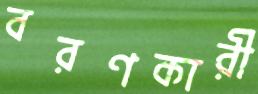
বরণকারী